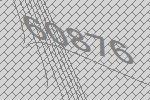
60876